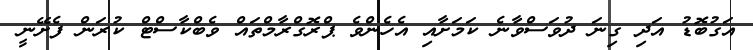
އަގުބޮޑު އަދި ގިނަ ދުވަސްވާނެ ކަމަށާއި އެހެންވެ ޕްރޮގްރާމްތައް ވެބްކާސްޓް ކުރަން ފެށޭނީ